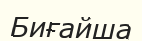
Биғайша